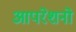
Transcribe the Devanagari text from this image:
आपरेशनो